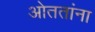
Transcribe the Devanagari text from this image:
ओततांना